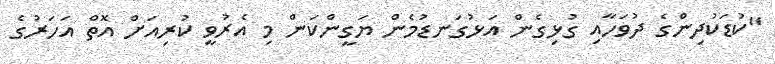
"ކުޑަކުދިންގެ ދުވަހާއި ގުޅިގެން އަޅުގަނޑުމެން ޔަގީންކަން މި އެރުވީ ކުރިއަށް އޮތް އަހަރުގެ